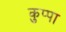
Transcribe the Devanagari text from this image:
कुप्‍पा